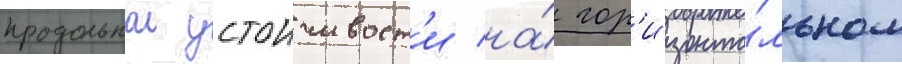
продольнои устоичивост'и на́ гор'изонта́льном